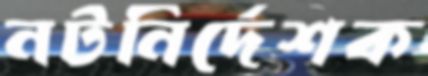
নটনির্দেশক